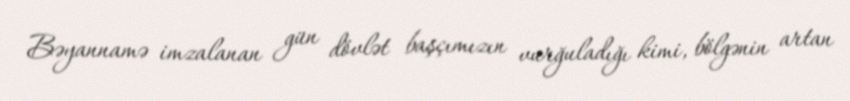
Bəyannamə imzalanan gün dövlət başçımızın vurğuladığı kimi, bölgənin artan